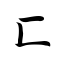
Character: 匚